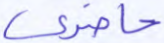
حاضري